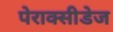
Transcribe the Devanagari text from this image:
पेराक्सीडेज